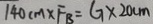
1 4 0 c m \times F _ { B } = G \times 2 0 c m